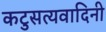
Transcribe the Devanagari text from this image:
कटुसत्यवादिनी